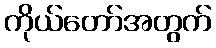
ကိုယ်တော်အတွက်